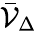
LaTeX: {\bar{\mathcal{V}}}_{\Delta}